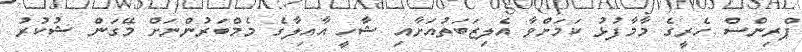
ޕްރިންސް ހެރީގެ މާމާފުޅު ކަމަށްވާ އެލިޒަބަތުއަށާއި ޝާހީ އާއިލާގެ މެމްބަރުންނަށް މޭގަން ޝުކުރު